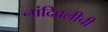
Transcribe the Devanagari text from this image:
नांदिवलीची